Annual report of the Imperial Bacteriologist
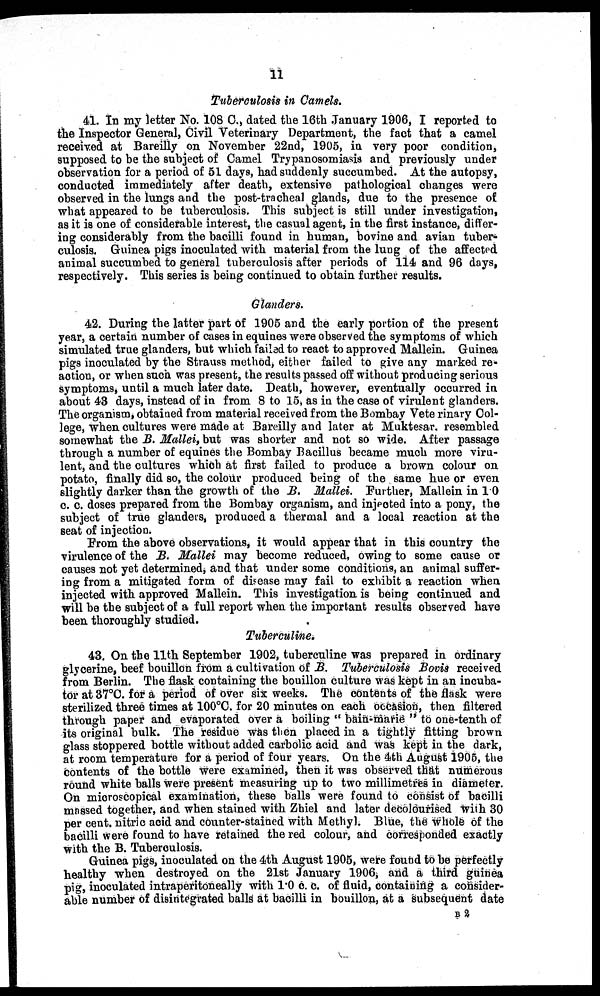
11
Tuberculosis in Camels.
41. In my letter No. 108 C., dated the 16th January 1906, I reported to
the Inspector General, Civil Veterinary Department, the fact that a camel
received at Bareilly on November 22nd, 1905, in very poor condition,
supposed to be the subject of Camel Trypanosomiasis and previously under
observation for a period of 51 days, had suddenly succumbed. At the autopsy,
conducted immediately after death, extensive pathological changes were
observed in the lungs and the post-tracheal glands, due to the presence of
what appeared to be tuberculosis. This subject is still under investigation,
as it is one of considerable interest, the casual agent, in the first instance, differ-
ing considerably from the bacilli found in human, bovine and avian tuber-
culosis. Guinea pigs inoculated with material from the lung of the affected
animal succumbed to general tuberculosis after periods of 114 and 96 days,
respectively. This series is being continued to obtain further results.
Glanders.
42. During the latter part of 1905 and the early portion of the present
year, a certain number of cases in equines were observed the symptoms of which
simulated true glanders, but which failed to react to approved Mallein. Guinea
pigs inoculated by the Strauss method, either failed to give any marked re-
action, or when such was present, the results passed off without producing serious
symptoms, until a much later date. Death, however, eventually occurred in
about 43 days, instead of in from 8 to 15, as in the case of virulent glanders.
The organism, obtained from material received from the Bombay Vete rinary Col-
lege, when cultures were made at Bareilly and later at Muktesar. resembled
somewhat the B. Mallei, but was shorter and not so wide. After passage
through a number of equines the Bombay Bacillus became much more viru-
lent, and the cultures which at first failed to produce a brown colour on
potato, finally did so, the colour produced being of the same hue or even
slightly darker than the growth of the B. Mallei. Further, Mallein in 1.0
c. c. doses prepared from the Bombay organism, and injected into a pony, the
subject of true glanders, produced a thermal and a local reaction at the
seat of injection.
From the above observations, it would appear that in this country the
virulence of the B. Mallei may become reduced, owing to some cause or
causes not yet determined, and that under some conditions, an animal suffer-
ing from a mitigated form of disease may fail to exhibit a reaction when
injected with approved Mallein. This investigation is being continued and
will be the subject of a full report when the important results observed have
been thoroughly studied.
Tuberculine.
43. On the 11th September 1902, tuberculine was prepared in ordinary
glycerine, beef bouillon from a cultivation of B. Tuberculosis Bovis received
from Berlin. The flask containing the bouillon culture was kept in an incuba-
tor at 37°C. for a period of over six weeks. The contents of the flask were
sterilized three times at 100°C. for 20 minutes on each occasion, then filtered
through paper and evaporated over a boiling " bain-marie " to one-tenth of
its original bulk. The residue was then placed in a tightly fitting brown
glass stoppered bottle without added carbolic acid and was kept in the dark,
at room temperature for a period of four years. On the 4th August 1905, the
contents of the bottle were examined, then it was observed that numerous
round white balls were present measuring up to two millimetres in diameter.
On microscopical examination, these balls were found to consist of bacilli
massed together, and when stained with Zhiel and later decolourised with 30
per cent. nitric acid and counter-stained with Methyl. Blue, the whole of the
bacilli were found to have retained the red colour, and corresponded exactly
with the B. Tuberculosis.
Guinea pigs, inoculated on the 4th August 1905, were found to be perfectly
healthy when destroyed on the 21st January 1906, and a third guinea
pig, inoculated intraperitoneally with 1.0 c. c. of fluid, containing a consider-
able number of disintegrated balls at bacilli in bouillon, at a subsequent date